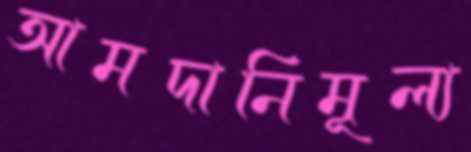
আমদানিমূল্য